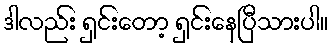
ဒါလည်း ရှင်းတော့ ရှင်းနေပြီသားပါ။